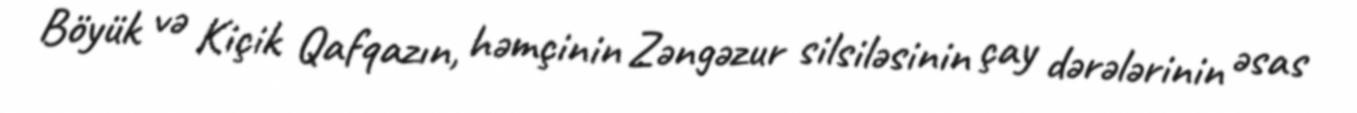
Böyük və Kiçik Qafqazın, həmçinin Zəngəzur silsiləsinin çay dərələrinin əsas